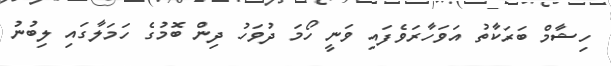
ހިޝާމް ބަރަކާތު އަވަހާރަވެފައި ވަނީ ހޯމަ ދުވަހު ދިން ބޮމުގެ ހަމަލާގައި ލިބުނު